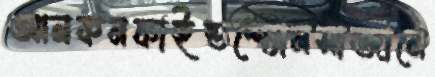
আনকনফাইন্ডশ্যোনসাজানে